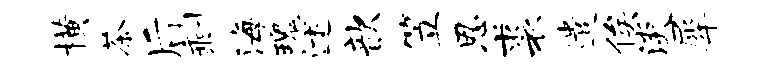
横茶后剩海瑰述歆笠恩裘遣俟淡犀